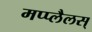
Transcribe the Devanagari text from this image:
मप्प्लैलस्